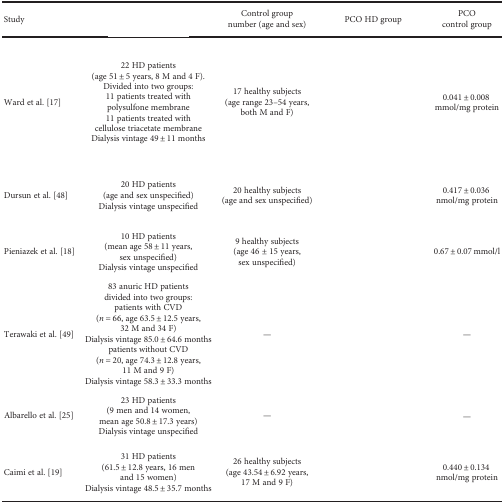
<table><thead><tr><td><b>Study</b></td><td>[EMPTY_CELL]</td><td><b>Control group number (age and sex)</b></td><td><b>PCO HD group</b></td><td><b>PCO control group</b></td></tr></thead><tbody><tr><td>Ward et al. [17]</td><td>22 HD patients (age 51 ± 5 years, 8 M and 4 F).Divided into two groups: 11 patients treated with polysulfone membrane11 patients treated with cellulose triacetate membraneDialysis vintage 49 ± 11 months</td><td>17 healthy subjects (age range 23–54 years, both M and F)</td><td>[EMPTY_CELL]</td><td>0.041 ± 0.008 mmol/mg protein</td></tr><tr><td>Dursun et al. [48]</td><td>20 HD patients (age and sex unspecified)Dialysis vintage unspecified</td><td>20 healthy subjects (age and sex unspecified)</td><td>[EMPTY_CELL]</td><td>0.417 ± 0.036 nmol/mg protein</td></tr><tr><td>Pieniazek et al. [18]</td><td>10 HD patients (mean age 58 ± 11 years, sex unspecified)Dialysis vintage unspecified</td><td>9 healthy subjects (age 46 ± 15 years, sex unspecified)</td><td>[EMPTY_CELL]</td><td>0.67 ± 0.07 mmol/l</td></tr><tr><td>Terawaki et al. [49]</td><td>83 anuric HD patients divided into two groups: patients with CVD(<i>n</i> = 66, age 63.5 ± 12.5 years, 32 M and 34 F)Dialysis vintage 85.0 ± 64.6 months patients without CVD(<i>n</i> = 20, age 74.3 ± 12.8 years, 11 M and 9 F)Dialysis vintage 58.3 ± 33.3 months</td><td>—</td><td>[EMPTY_CELL]</td><td>—</td></tr><tr><td>Albarello et al. [25]</td><td>23 HD patients (9 men and 14 women, mean age 50.8 ± 17.3 years)Dialysis vintage unspecified</td><td>—</td><td>[EMPTY_CELL]</td><td>—</td></tr><tr><td>Caimi et al. [19]</td><td>31 HD patients (61.5 ± 12.8 years, 16 men and 15 women)Dialysis vintage 48.5 ± 35.7 months</td><td>26 healthy subjects (age 43.54 ± 6.92 years, 17 M and 9 F)</td><td>[EMPTY_CELL]</td><td>0.440 ± 0.134 nmol/mg protein</td></tr></tbody></table>